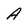
Character: A